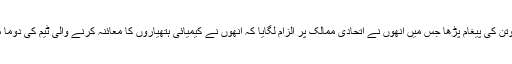
اقوام متحدہ میں روس کے سفیر واسیلی نبینزیا نے روس کے صدر ولادی میر پوتن کی پیغام پڑھا جس میں انھوں نے اتحادی ممالک پر الزام لگایا کہ انھوں نے کیمیائی ہتھیاروں کا معائنہ کرنے والی ٹیم کی دوما میں ہونے والے واقعے کی تفتیش مکمل ہونے سے پہلے ہی شام پر حملہ کر دیا۔